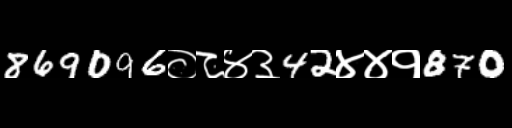
Text: 869096०८४३42४४१870